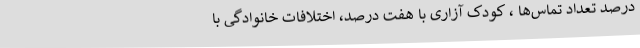
درصد تعداد تماس‌ها ، کودک آزاری با هفت درصد، اختلافات خانوادگی با